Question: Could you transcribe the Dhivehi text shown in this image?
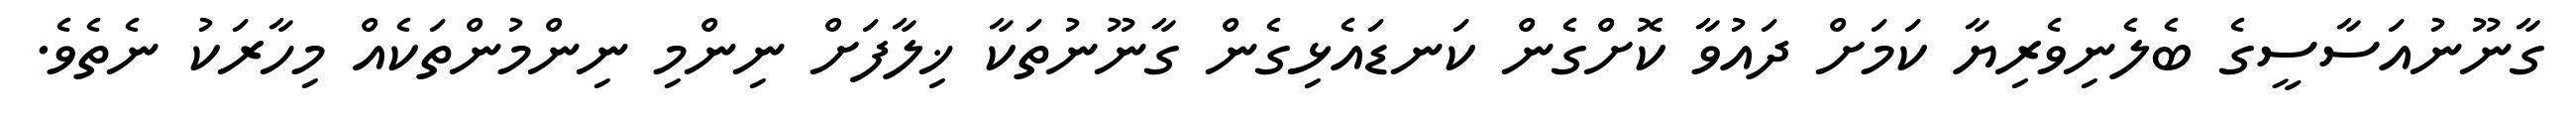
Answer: ގާނޫނުއަސާސީގެ ބެލެނިވެރިޔާ ކަމަށް ދައުވާ ކޮށްގެން ކަނޑައެޅިގެން ގާނޫނުތަކާ ޚިލާފަށް ނިންމި ނިންމުންތަކެއް މިހާރަކު ނެތެވެ.